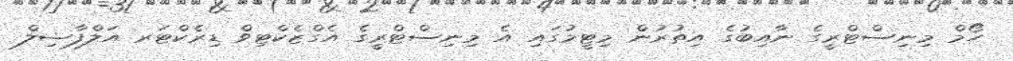
ހޯމް މިނިސްޓްރީގެ ނާއިބުގެ އިތުރުން މިޓީމުގައި އެ މިނިސްޓްރީގެ އެގްޒެކްޓިވް ޑިރެކްޓަރ އަލްފާޟިލް